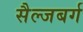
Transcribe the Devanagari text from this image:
सैल्जबर्ग